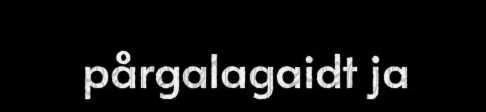
pårgalagaidt ja